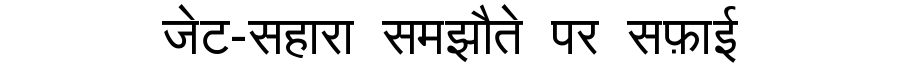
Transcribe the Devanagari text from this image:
जेट-सहारा समझौते पर सफ़ाई